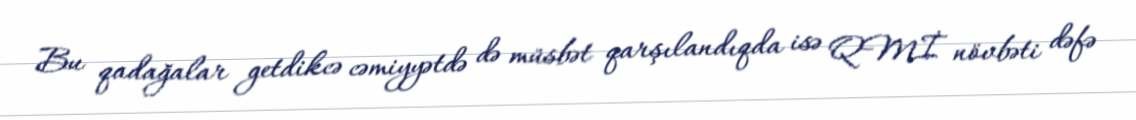
Bu qadağalar getdikcə cəmiyyətdə də müsbət qarşılandıqda isə QMİ növbəti dəfə